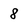
Character: 8